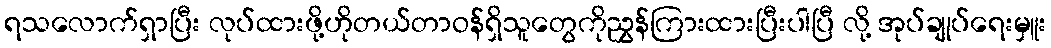
ရသလောက်ရှာပြီး လုပ်ထားဖို့ဟိုတယ်တာဝန်ရှိသူတွေကိုညွှန်ကြားထားပြီးပါပြီ လို့ အုပ်ချုပ်ရေးမှူး